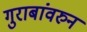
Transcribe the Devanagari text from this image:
गुराबांवरुन